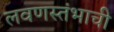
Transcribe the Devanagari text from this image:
लवणस्तंभाची